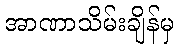
အာဏာသိမ်းချိန်မှ